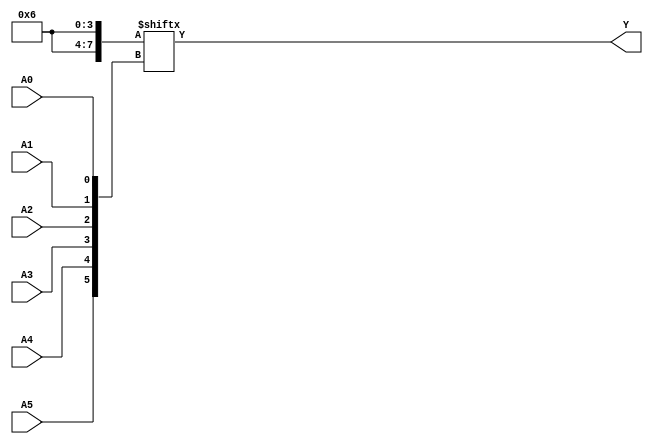
module kmap_6var (
    input wire A5,
    input wire A4,
    input wire A3,
    input wire A2,
    input wire A1,
    input wire A0,
    output wire Y
);

// Define the K-map based on the truth table or the specific logic you want to implement.
// Here, we will define a K-map with hardcoded values for demonstration.
// The K-map is organized in rows for A5 and A4, and columns for A3, A2, A1, A0.
// The values below should be filled based on your specific logic requirements.

wire [63:0] kmap; // 64 cells for 6-variable K-map

// Example K-map population (this is just an example, replace with your logic)
assign kmap[0]  = 0; // A5=0, A4=0, A3=0, A2=0, A1=0, A0=0
assign kmap[1]  = 1; // A5=0, A4=0, A3=0, A2=0, A1=0, A0=1
assign kmap[2]  = 1; // A5=0, A4=0, A3=0, A2=0, A1=1, A0=0
assign kmap[3]  = 0; // A5=0, A4=0, A3=0, A2=0, A1=1, A0=1
// Fill in the rest of the K-map cells according to your logic...

// Example logic to compute Y based on the K-map
assign Y = kmap[{A5, A4, A3, A2, A1, A0}];

endmodule